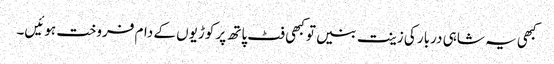
کبھی یہ شاہی دربار کی زینت بنیں تو کبھی فٹ پاتھ پر کوڑیوں کے دام فروخت ہوئیں۔